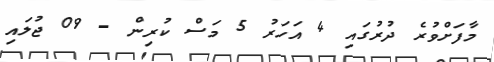
މާފަށްވުރެ ދުރުގައި 4 އަހަރު 5 މަސް ކުރިން - 09 ޖުލައި